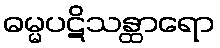
ဓမ္မပဋိသန္ထာရော